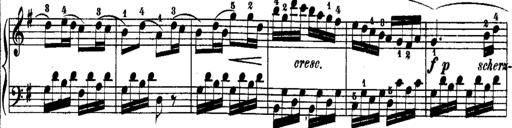
Title: Rondos and Sonatinas for Pianoforte
Composer: Daniel Steibelt